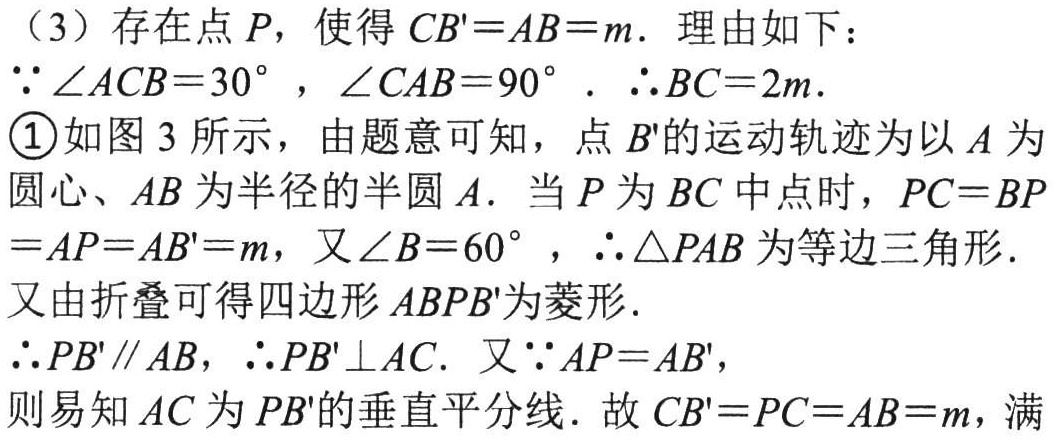
（3）存在点 \(P\)，使得 \(CB' = AB = m\)．理由如下：

\(\because\angle ACB = 30^{\circ}\)，\(\angle CAB = 90^{\circ}\)．\(\therefore BC = 2m\)．

\textcircled{1}如图 3 所示，由题意可知，点 \(B'\)的运动轨迹为以 \(A\) 为圆心、\(AB\) 为半径的半圆 \(A\)．当 \(P\) 为 \(BC\) 中点时，\(PC = BP=AP = AB' = m\)，又\(\angle B = 60^{\circ}\)，\(\therefore\triangle PAB\) 为等边三角形．

又由折叠可得四边形 \(ABPB'\)为菱形．

\(\therefore PB'\parallel AB\)，\(\therefore PB'\perp AC\)．又\(\because AP = AB'\)，

则易知 \(AC\) 为 \(PB'\)的垂直平分线．故 \(CB' = PC = AB = m\)，满